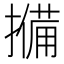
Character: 𭢨